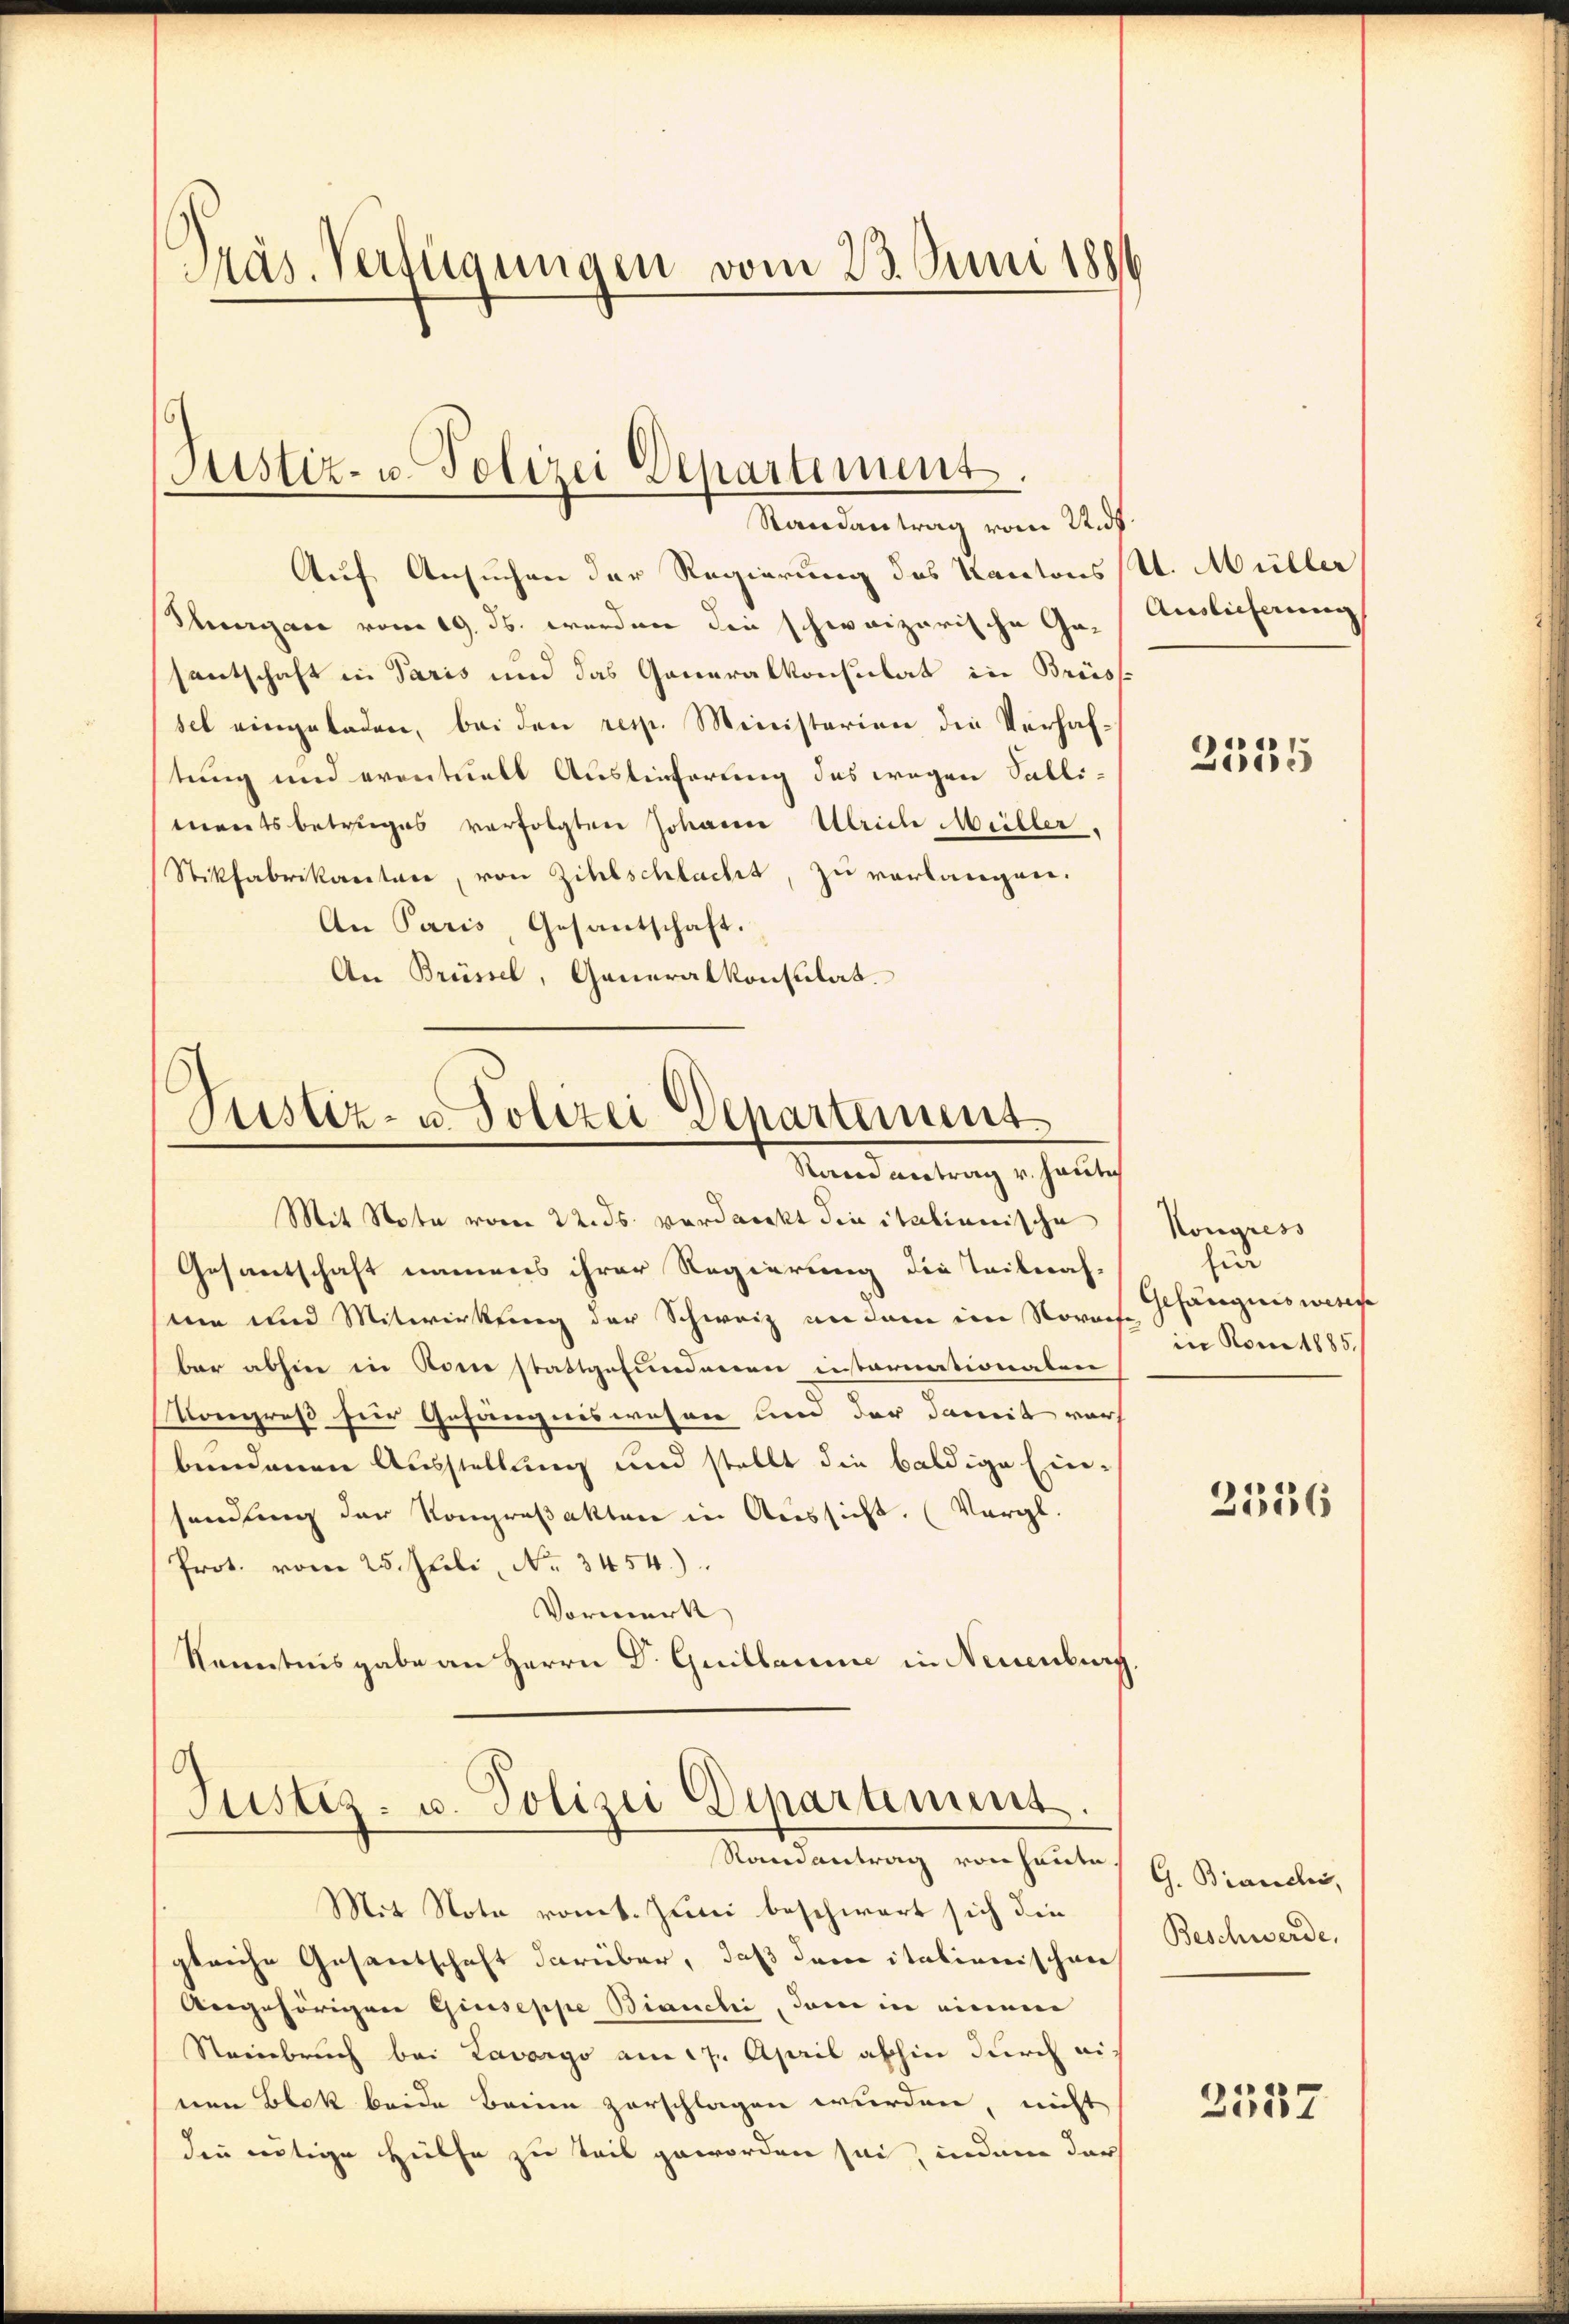
Präs. Verfügungen vom 23. Juni 1886

Justiz- u. Polizei Departement.
Randantrag vom 2. ds.

Auf Ansuchen der Regierung des Kantonsst. Müller
Thurgau vom 19. ds. wordner die schweizerische Ge-Auslieferung
sentschaft in Paris und das Generalkonsulat in Brüss
sel eingeladen, bei den resp. Ministerien die Verhaftung und eventuell Auslieferung des wegen Sallimnents betruges verfolgten Johann Ulrich Müller,
Stikfabrikantone, von Zihlschlacht, zu verlangen.
An Paris, Gesantschaft.
An Brüssel, Generalkonsulat.

Gesantschaft namens ihrer Regierung die Teilnah-
mm und Mitwirkung der Schweiz an dem im Norache Gefängniswiese
bar abhin in Rom stattgefundenen instarnationalen
Kongreß für Gefängniswesen um der damit war
bendenen Ausstellung und stellt die baldige Einsendung der Kongroßakten in Aussicht. (Vergl.
Prot. vom 25. Juli, No. 3454.)
Vormerk
Kenntnisgabe an Herrn Dr. Guillaume in Neuenburg,

Justiz- u. Polizei Departement
Rand antrag v. heutig
Mit Note vom 22. ds. verdankt die italienische

Justiz- u. Polizei Departiment.
Randantrag von heute.

Mit Note romt. Juni beschwert sich die
gleiche Gesandschaft darüber, daß dem italienischen
Angehörigen Giuseppe Bianchi, dem in einem
Steinbruch bei Lavargo am 17. April abhin durch einen Blok beide Breien zerschlagen wurden, nicht
den nötige Hülfe zu teil geworden sei, indem dar

2555

Kongress
für
in Rom 1885.

2336

G. Bianchi,
Beschwerde,

2537